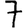
Digit: 7